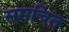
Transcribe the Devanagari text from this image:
समचित